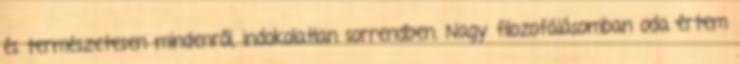
és természetesen mindenről, indokolatlan sorrendben. Nagy filozofálásomban oda értem